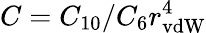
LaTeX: C=C_{10}/C_{6}r_{\mathrm{vdW}}^{4}